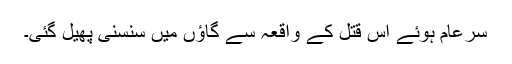
سرعام ہوئے اس قتل کے واقعہ سے گاؤں میں سنسنی پھیل گئی۔